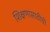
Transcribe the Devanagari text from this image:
शिक्षणासाठीची